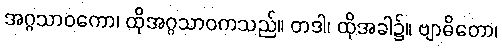
အဂ္ဂသာဝကော၊ ထိုအဂ္ဂသာဝကသည်။ တဒါ၊ ထိုအခါ၌။ ဗျာဓိတော၊